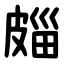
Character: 㿳